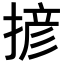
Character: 𢱘